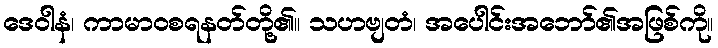
ဒေဝါနံ၊ ကာမာဝစရနတ်တို့၏။ သဟဗျတံ၊ အပေါင်းအဘော်၏အဖြစ်ကို။